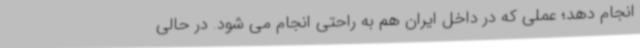
انجام دهد؛ عملی که در داخل ایران هم به راحتی انجام می شود. در حالی